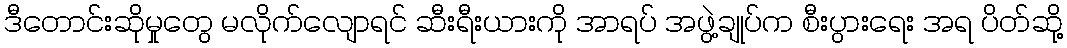
ဒီတောင်းဆိုမှုတွေ မလိုက်လျောရင် ဆီးရီးယားကို အာရပ် အဖွဲ့ချုပ်က စီးပွားရေး အရ ပိတ်ဆို့